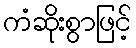
ကံဆိုးစွာဖြင့်